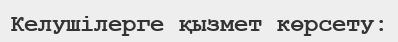
Келушілерге қызмет көрсету: